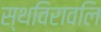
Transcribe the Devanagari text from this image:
स्थविरावलि